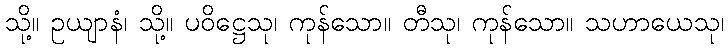
သို့။ ဥယျာနံ၊ သို့။ ပဝိဋ္ဌေသု၊ ကုန်သော။ တီသု၊ ကုန်သော။ သဟာယေသု၊